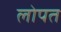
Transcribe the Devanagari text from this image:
लोपत